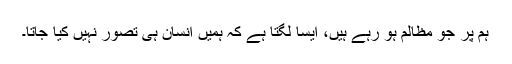
ہم پر جو مظالم ہو رہے ہیں، ایسا لگتا ہے کہ ہمیں انسان ہی تصور نہیں کیا جاتا۔